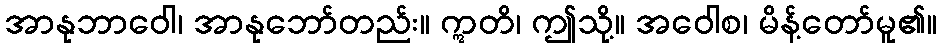
အာနုဘာဝေါ၊ အာနုဘော်တည်း။ ဣတိ၊ ဤသို့။ အဝေါစ၊ မိန့်တော်မူ၏။